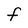
Character: F